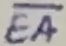
Text: EA